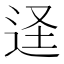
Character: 𮷠